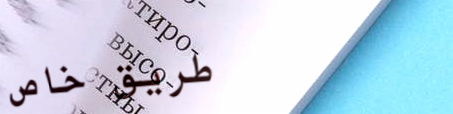
طريق خاص